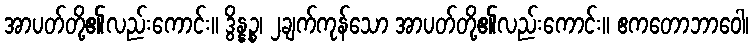
အာပတ်တို့၏လည်းကောင်း။ ဒွိန္နဉ္စ၊ ၂ချက်ကုန်သော အာပတ်တို့၏လည်းကောင်း။ ဧကတောဘာဝေါ၊